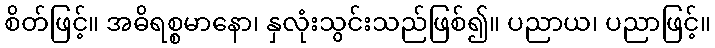
စိတ်ဖြင့်။ အဓိရစ္စမာနော၊ နှလုံးသွင်းသည်ဖြစ်၍။ ပညာယ၊ ပညာဖြင့်။